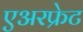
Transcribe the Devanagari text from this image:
एअरफ्रेट